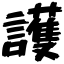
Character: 護